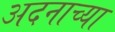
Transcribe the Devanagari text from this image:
अदनाच्या